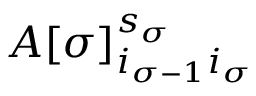
A [ \sigma ] _ { i _ { \sigma - 1 } i _ { \sigma } } ^ { s _ { \sigma } }